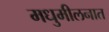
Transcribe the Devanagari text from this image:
मधुमीलनात